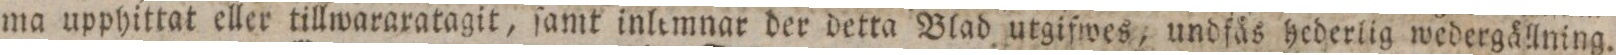
ma upphittat eller tillwararatagit, ſamt inlemnar der detta Blad utgifwes, undfäs hederlig wedergällning.